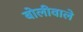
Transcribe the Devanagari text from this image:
बोलीवाले